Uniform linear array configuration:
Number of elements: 64
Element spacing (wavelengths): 0.5
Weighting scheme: kaiser
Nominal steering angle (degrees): -60
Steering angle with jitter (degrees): -59.087
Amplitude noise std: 0.05
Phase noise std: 0.05

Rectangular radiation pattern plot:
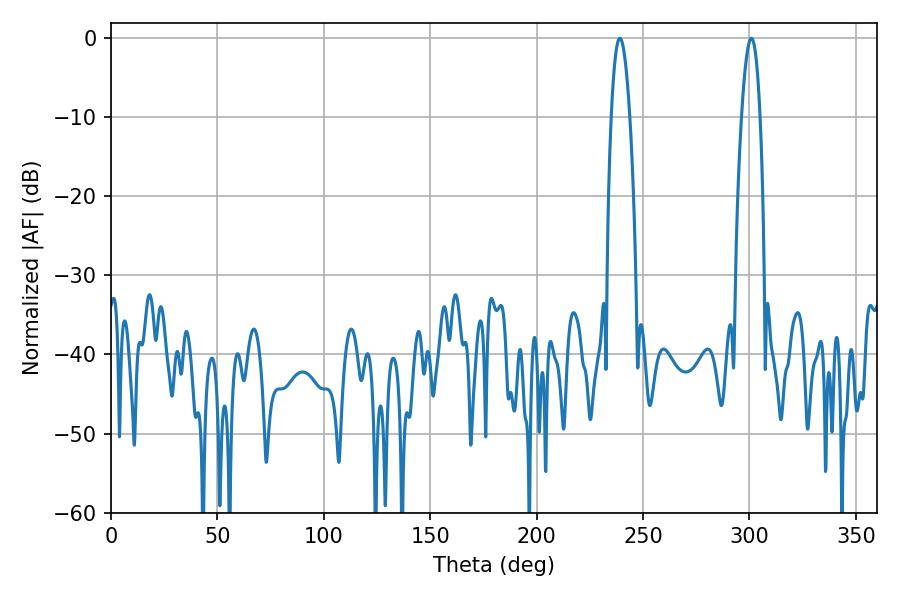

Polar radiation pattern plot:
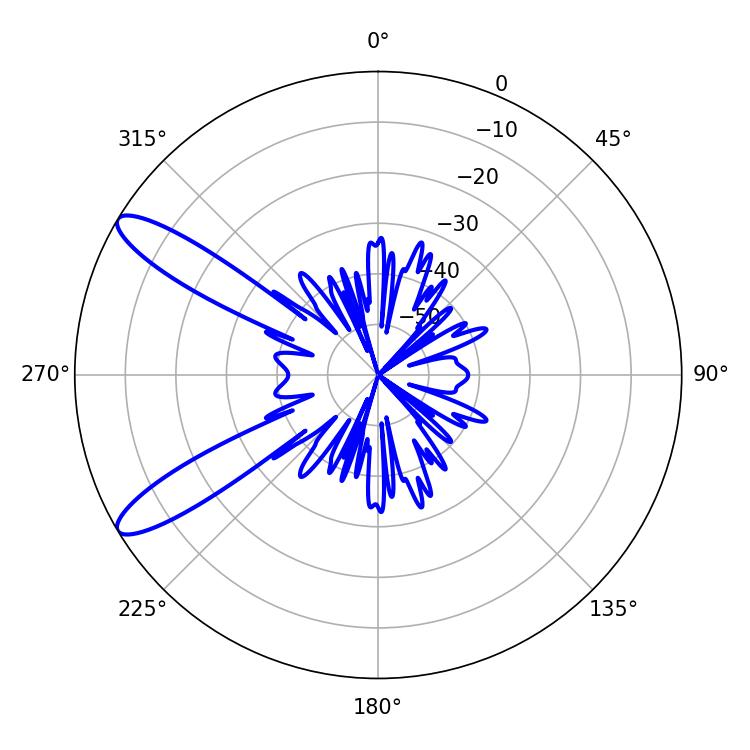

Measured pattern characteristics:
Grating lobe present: FALSE
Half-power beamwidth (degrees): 4.68
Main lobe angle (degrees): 300.96